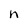
Character: n